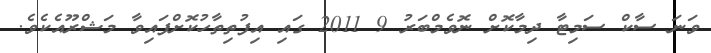
ވަނަ ސާކް ސަމިޓާ ދިމާކޮށް ނޮވެމްބަރު 9 2011 ގައި އިފުތިތާހުކޮށްފައިވާ މަޝްރޫއެކެވެ.